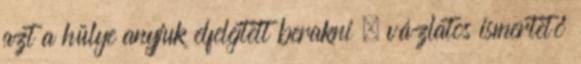
azt a hülye anyjuk elfelejtett berakni , vázlatos ismertető